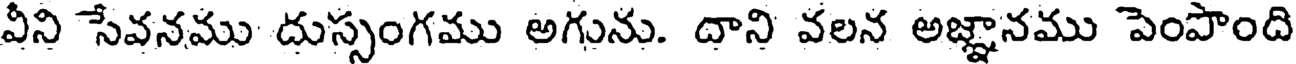
వీని సేవనము దుస్సంగము అగును. దాని వలన అజ్ఞానము పెంపొంది